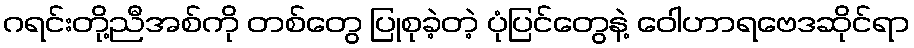
ဂရင်းတို့ညီအစ်ကို တစ်တွေ ပြုစုခဲ့တဲ့ ပုံပြင်တွေနဲ့ ဝေါဟာရဗေဒဆိုင်ရာ